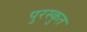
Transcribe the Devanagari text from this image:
पुरस्कुत